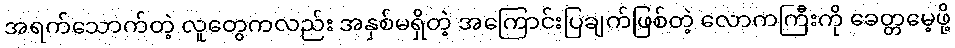
အရက်သောက်တဲ့ လူတွေကလည်း အနှစ်မရှိတဲ့ အကြောင်းပြချက်ဖြစ်တဲ့ လောကကြီးကို ခေတ္တမေ့ဖို့